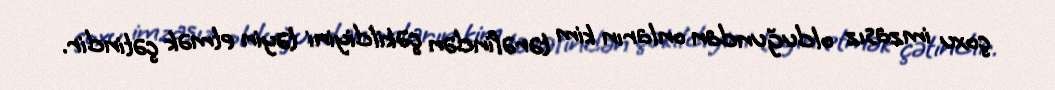
çoxu imzasız olduğundan onların kim tərəfindən çəkildiyini təyin etmək çətindir.